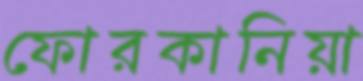
ফোরকানিয়া